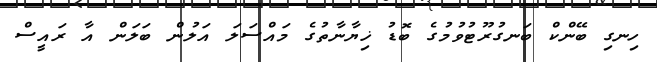
ހިނގި ބޭންކް ބަނގުރޫޓުވުމުގެ ބޮޑު ޚިޔާނާތުގެ މައްސަލަ އަލުން ބަލަން އާ ރައީސް